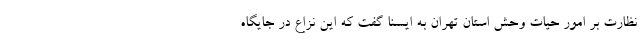
نظارت بر امور حیات وحش استان تهران به ایسنا گفت که این نزاع در جایگاه